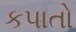
કપાતો